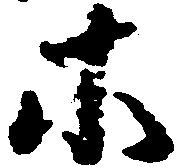
等